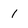
Character: 1